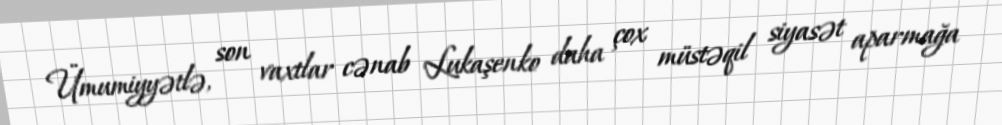
Ümumiyyətlə, son vaxtlar cənab Lukaşenko daha çox müstəqil siyasət aparmağa